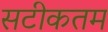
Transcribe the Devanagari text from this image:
सटीकतम